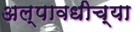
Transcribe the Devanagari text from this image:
अल्पावधीच्या